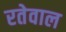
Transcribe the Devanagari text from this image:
रतेवाल